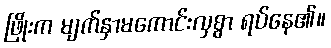
ဖြိုးက မျက်နှာမကောင်းလှစွာ ရပ်နေ၏။